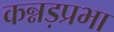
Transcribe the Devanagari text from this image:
कन्नड़प्रभा